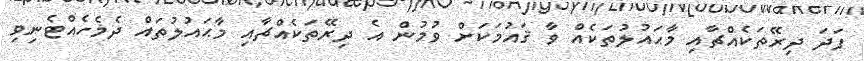
ފަދަ ދިރޭތަކެއްޗާއި މާޙައުލުތަކެއް ވާ ޤައުމަކަށް ވުމުން އެ ދިރޭތަކެއްޗާއި މާޙައުލުތައް ދެމެހެއްޓެނިވި